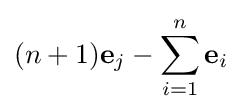
(n+1)\mathbf {e} _{j}-\sum _{i=1}^{n}\mathbf {e} _{i}